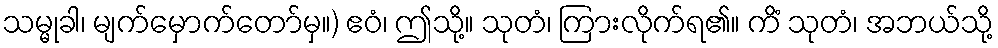
သမ္မုခါ၊ မျက်မှောက်တော်မှ။) ဧဝံ၊ ဤသို့။ သုတံ၊ ကြားလိုက်ရ၏။ ကိံ သုတံ၊ အဘယ်သို့